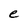
Character: e